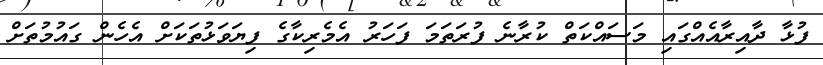
ފުޅާ ދާއިރާއެއްގައި މަސައްކަތް ކުރާނެ ފުރަތަމަ ފަހަރު އެމެރިކާގެ ފިޔަވަޅުތަކަށް އެހެން ގައުމުތަށް